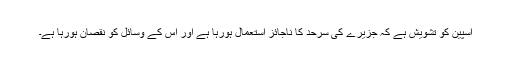
اسپین کو تشویش ہے کہ جزیرے کی سرحد کا ناجائز استعمال ہورہا ہے اور اس کے وسائل کو نقصان ہورہا ہے۔